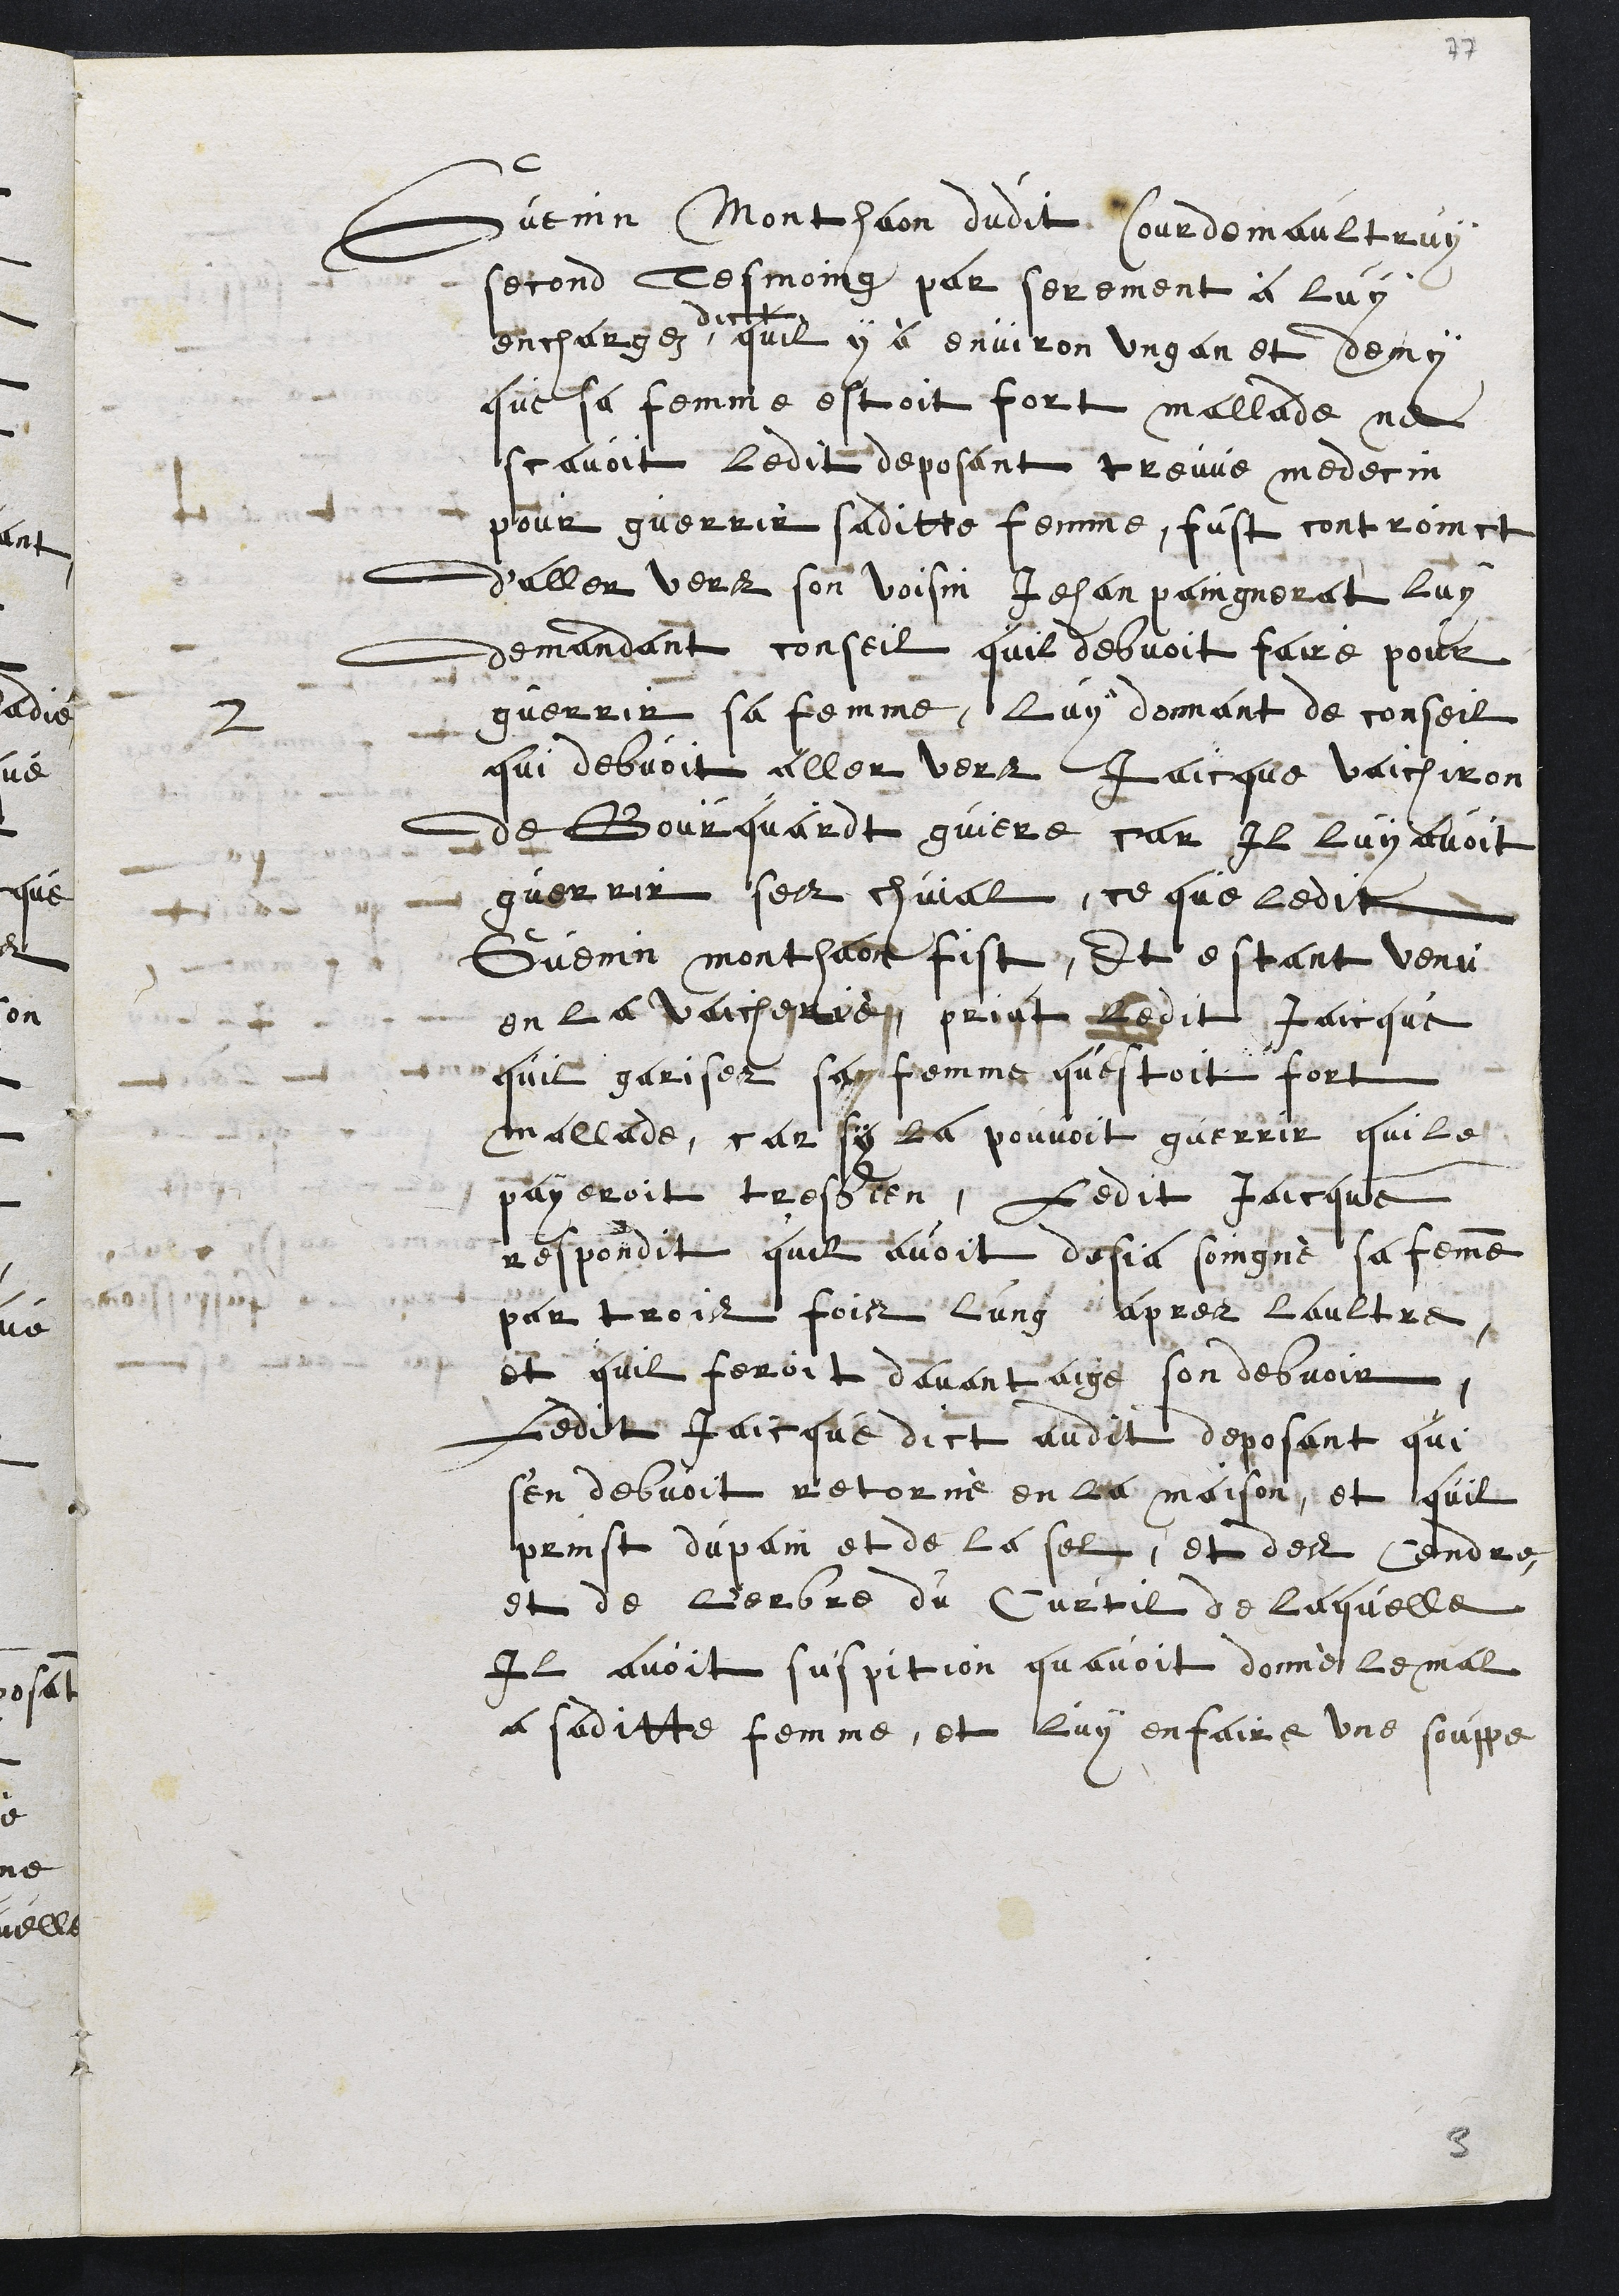
Guenin Montahon dudit Courdemaultruy
second tesmoing par serement à luy
enchargez
dict
quil y à environ ung an et demy
que sa femme estoit fort mallade ne
scavoit ledit deposant treuve medecin
pour guerrir saditte femme, fust controinct
daller vers son voisin Jehan paingnerat luy
demandant conseil quil debvoit faire pour
guerrir sa femme, luy donnant de conseil
2.
qui debvoit aller vert Jaicque vaichiron
de Bourquardt guiere car Il Luy avoit
guerrir ses chival, ce que ledit
Guenin monthaont fist, Et estant venu
en la vaicherie priat ledit Jaicque
quil gariser son femme questoit fort
mallade, car sy la pouvoit guerrir quile
payeroit tres bien, Ledit Jaicque
respondit quil avoit desja soingné sa femme
par trois fois lung apres laultre
et quil feroit davantaige son debvoir
Ledit Jaicque dict audit deposant qui
sen debvoit retorné en la maison et quil
prinst du pain et de la sel, et des Cendre,
et de L'erbre du Curtil de laquelle
il avoit suspition quavoit donné le mal
a saditte femme, et luy enfaire une souppe,